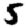
Digit: 5